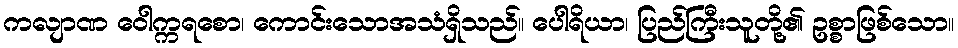
ကလျာဏ ဝေါက္ကရစော၊ ကောင်းသောအသံရှိသည်။ ပေါရိယာ၊ ပြည်ကြီးသူတို့၏ ဥစ္စာဖြစ်သော။